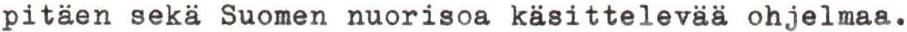
pitäen sekä Suomen nuorisoa käsittelevää ohjelmaa.